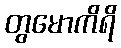
တွမောကိရိ